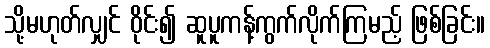
သို့မဟုတ်လျှင် ဝိုင်း၍ ဆူပူကန့်ကွက်လိုက်ကြမည့် ဖြစ်ခြင်း။